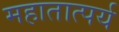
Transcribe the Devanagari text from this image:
महातात्पर्य